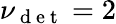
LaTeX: \nu_{\mathrm{~d~e~t~}}=2